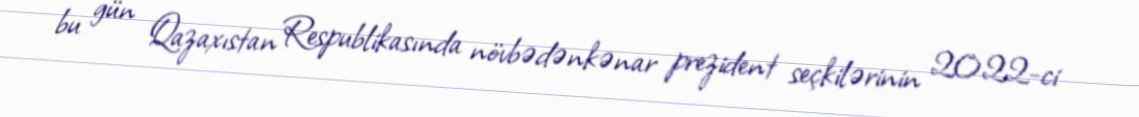
bu gün Qazaxıstan Respublikasında növbədənkənar prezident seçkilərinin 2022-ci